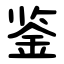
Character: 鉴